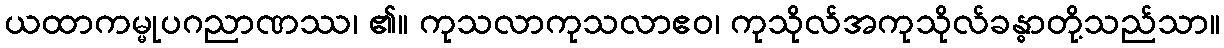
ယထာကမ္မုပဂညာဏဿ၊ ၏။ ကုသလာကုသလာဧဝ၊ ကုသိုလ်အကုသိုလ်ခန္ဓာတို့သည်သာ။